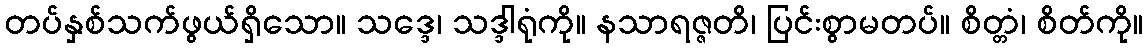
တပ်နှစ်သက်ဖွယ်ရှိသော။ သဒ္ဒေ၊ သဒ္ဒါရုံကို။ နသာရဇ္ဇတိ၊ ပြင်းစွာမတပ်။ စိတ္တံ၊ စိတ်ကို။